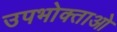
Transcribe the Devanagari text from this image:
उपभोक्‍ताओ